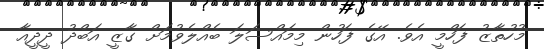
މުހުތާޒު ފަހްމީ އެވެ. އޭގެ ފަހުން މިމައްސަލަ ބެއްލެވުމަށް ގާޒީ އަބްދު ދީދީއާ